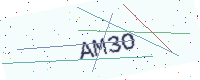
Text: AM3O